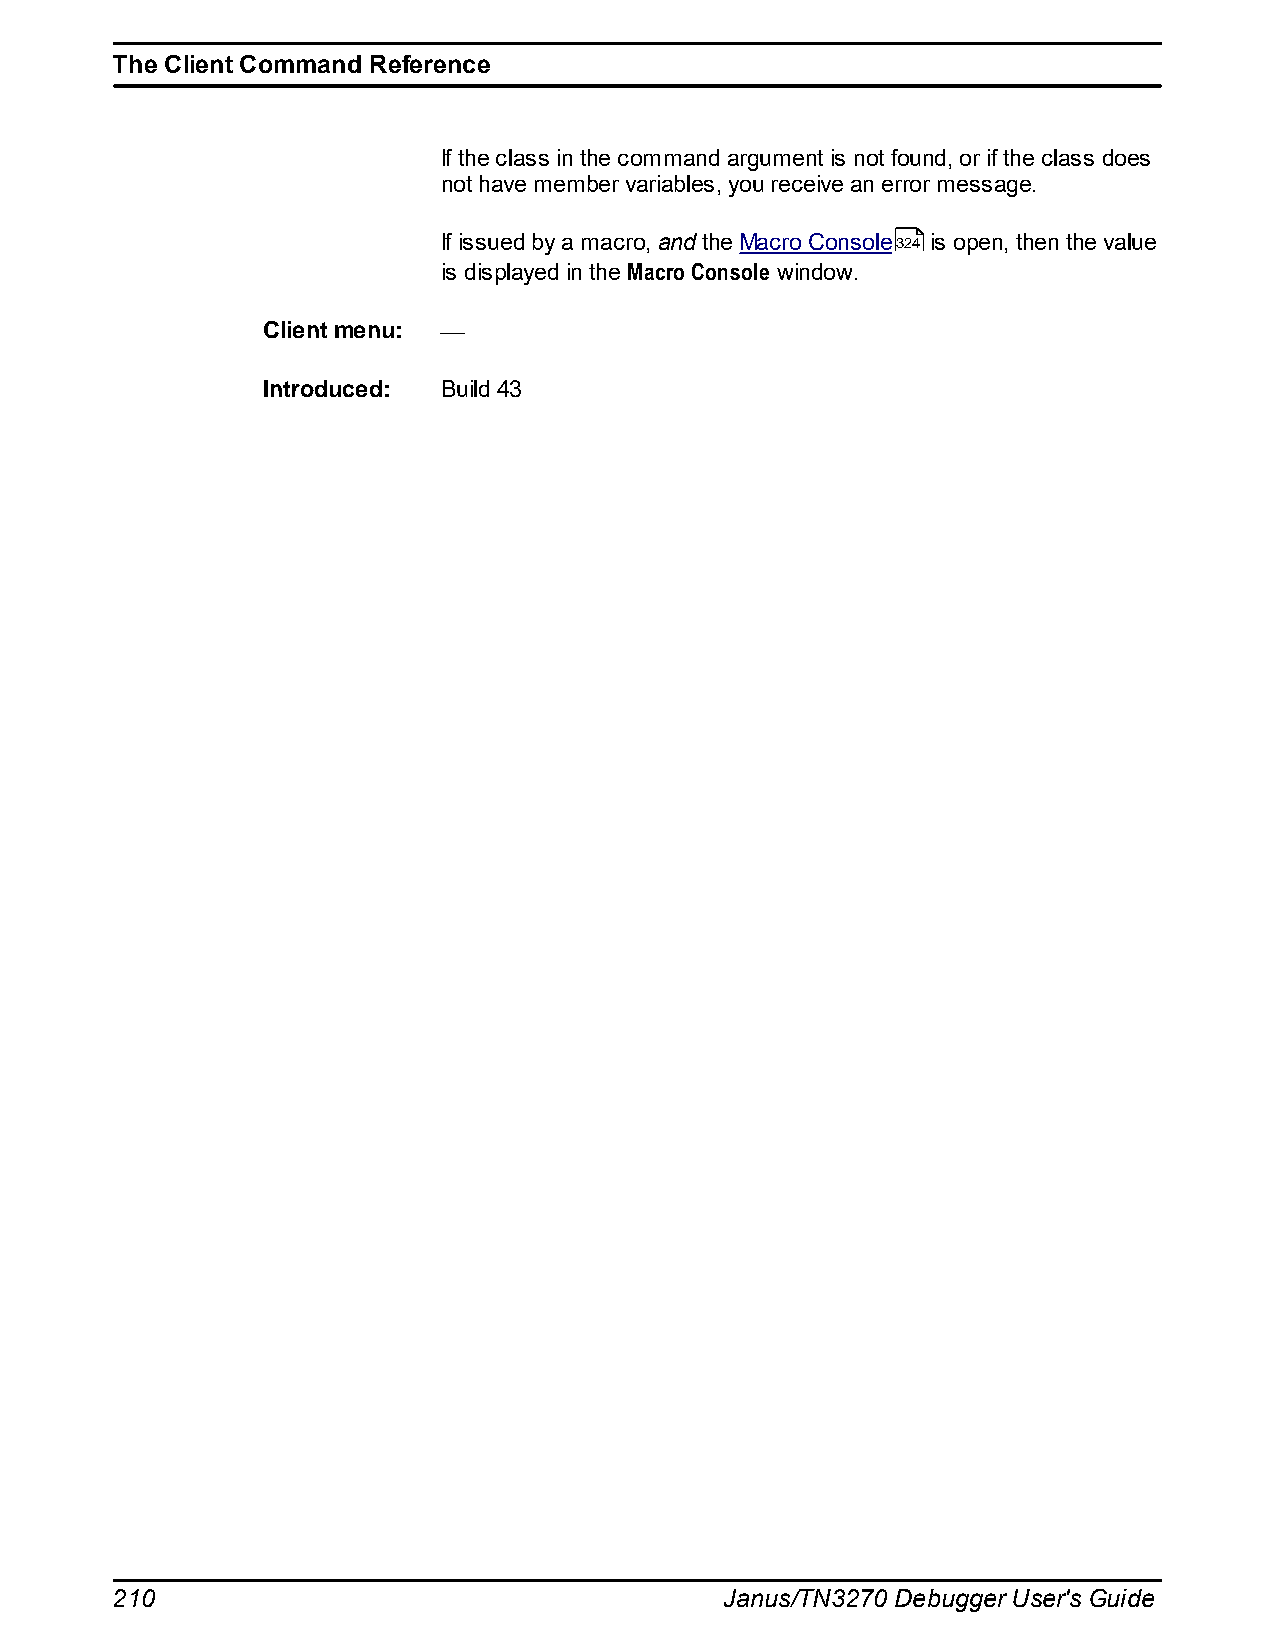
The Client Command Reference
 If the class in the command argument is not found, or if the class does
 not have member variables, you receive an error message.
 If issued by a macro, and the Macro Console324 is open, then the value
 is displayed in the Macro Console window.
 Client menu:
 Introduced: Build 43
 210                                      Janus/TN3270 Debugger User's Guide